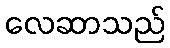
လေဆာသည်